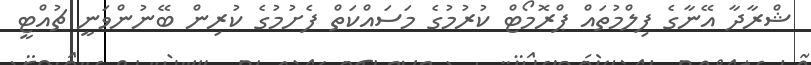
ޝްރާދާ އޭނާގެ ފިލްމުތައް ޕްރޮމޯޓް ކުރުމުގެ މަސައްކަތް ފެށުމުގެ ކުރިން ބޭނުންވަނީ ޗުއްޓީ